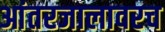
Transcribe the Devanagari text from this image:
आंतरजालावरच